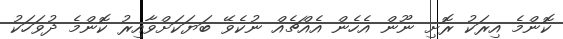
ކޮންމެ އިރަކު ރޮށި ނޫން އެހެން އެއްޗެއް ނުކެވޭ ބަޔަކަށްވާއިރު ކޮންމެ ދުވަހަކު